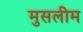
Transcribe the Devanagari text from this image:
मुसलीम